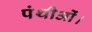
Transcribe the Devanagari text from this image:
पंथीओं।